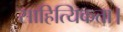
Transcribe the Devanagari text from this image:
साहित्यिकता।